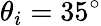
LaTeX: \theta_{i}=35^{\circ}